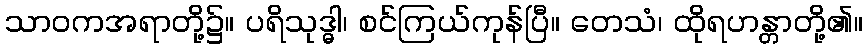
သာဝကအရာတို့၌။ ပရိသုဒ္ဓါ၊ စင်ကြယ်ကုန်ပြီ။ တေသံ၊ ထိုရဟန္တာတို့၏။